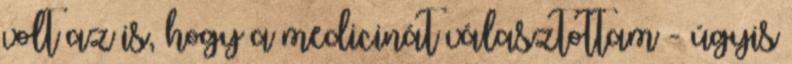
volt az is, hogy a medicinát választottam - úgyis